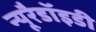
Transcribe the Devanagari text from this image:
न्यूरैडॉइडी